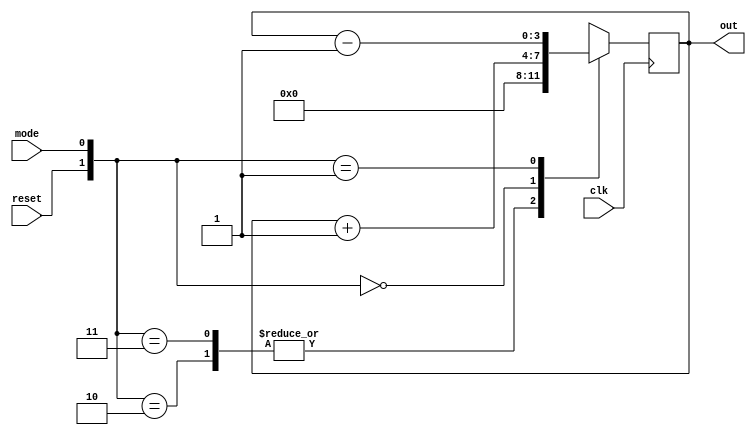
//Behavioural Modelling for Up Down Counter
//mode = 0 means Up counting and mode = 1 means Down counting

module up_down(out, reset, clk, mode);
output [3:0]out; reg [3:0]out;
input clk, reset, mode;
always @ (posedge clk)
begin
case ({reset, mode})
2'b10 : out = 0;
2'b11 : out = 0;
2'b00 : out = out+1;
2'b01 : out = out-1;
endcase
end
endmodule